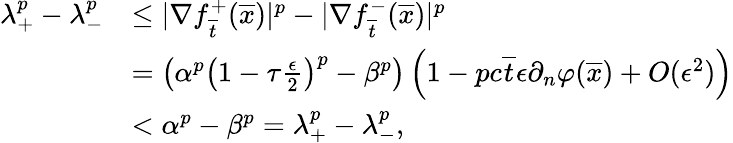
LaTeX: \begin{array}{rl}{\lambda_{+}^{p}-\lambda_{-}^{p}}&{\leq|\nabla f_{\overline{{t}}}^{+}(\overline{{x}})|^{p}-|\nabla f_{\overline{{t}}}^{-}(\overline{{x}})|^{p}}\\ &{=\left(\alpha^{p}\left(1-\tau\frac{\epsilon}{2}\right)^{p}-\beta^{p}\right)\left(1-pc\overline{{t}}\epsilon\partial_{n}\varphi(\overline{{x}})+O(\epsilon^{2})\right)}\\ &{<\alpha^{p}-\beta^{p}=\lambda_{+}^{p}-\lambda_{-}^{p},}\end{array}